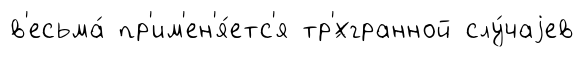
в'есьма́ пр'им'ен'я́етс'я тр'́хгранной слу́чаjев